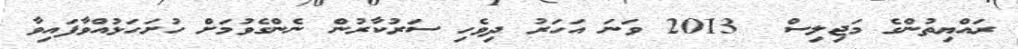
ރައްޔިތުންގެ މަޖިލިސް  2013 ވަނަ އަހަރު ދިވެހި ސަރުކާރުން ނެންގެވުމަށް ހުށަހަޅުއްވާފައިވާ